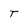
Character: T